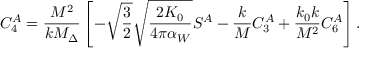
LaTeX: C _ { 4 } ^ { A } = \frac { M ^ { 2 } } { k M _ { \Delta } } \left[ - \sqrt { \frac 3 2 } \sqrt { \frac { 2 K _ { 0 } } { 4 \pi \alpha _ { W } } } S ^ { A } - \frac k M C _ { 3 } ^ { A } + \frac { k _ { 0 } k } { M ^ { 2 } } C _ { 6 } ^ { A } \right] .